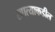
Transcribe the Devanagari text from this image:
खात्याकडील